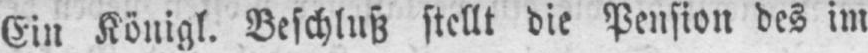
Ein Königl. Beschluß stellt die Pension des im